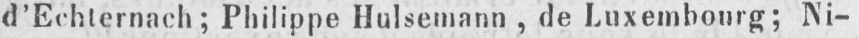
d’Echternach; Philippe Hulsemann, de Luxembourg; Ni-